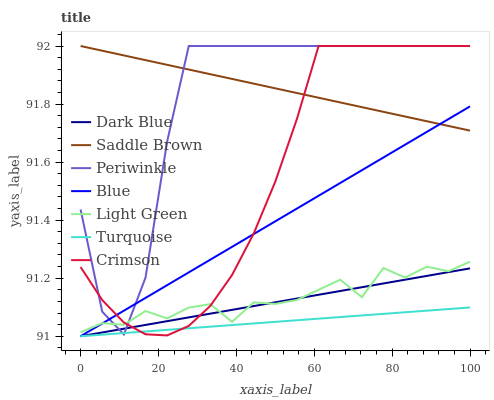
| xaxis_label | Dark Blue | Saddle Brown | Periwinkle | Blue | Light Green | Turquoise | Crimson |
 | --- | --- | --- | --- | --- | --- | --- | --- |
 | 0 | 91 | 92 | 91.4 | 91 | 91 | 91 | 91.2 |
 | 5.56 | 91 | 92 | 91.1 | 91 | 91 | 91 | 91.1 |
 | 11.1 | 91 | 92 | 91 | 91.1 | 91 | 91 | 91 |
 | 16.7 | 91 | 92 | 91.2 | 91.1 | 91.1 | 91 | 91 |
 | 22.2 | 91.1 | 91.9 | 91.7 | 91.2 | 91.1 | 91 | 91 |
 | 27.8 | 91.1 | 91.9 | 92 | 91.2 | 91.1 | 91 | 91 |
 | 33.3 | 91.1 | 91.9 | 92 | 91.3 | 91.1 | 91 | 91.1 |
 | 38.9 | 91.1 | 91.9 | 92 | 91.3 | 91 | 91 | 91.2 |
 | 44.4 | 91.1 | 91.9 | 92 | 91.4 | 91.1 | 91 | 91.4 |
 | 50 | 91.1 | 91.9 | 92 | 91.4 | 91.1 | 91 | 91.5 |
 | 55.6 | 91.1 | 91.8 | 92 | 91.4 | 91.1 | 91.1 | 91.7 |
 | 61.1 | 91.1 | 91.8 | 92 | 91.5 | 91.2 | 91.1 | 92 |
 | 66.7 | 91.2 | 91.8 | 92 | 91.5 | 91.2 | 91.1 | 92 |
 | 72.2 | 91.2 | 91.8 | 92 | 91.6 | 91.1 | 91.1 | 92 |
 | 77.8 | 91.2 | 91.8 | 92 | 91.6 | 91.2 | 91.1 | 92 |
 | 83.3 | 91.2 | 91.8 | 92 | 91.7 | 91.2 | 91.1 | 92 |
 | 88.9 | 91.2 | 91.7 | 92 | 91.7 | 91.2 | 91.1 | 92 |
 | 94.4 | 91.2 | 91.7 | 92 | 91.7 | 91.2 | 91.1 | 92 |
 | 100 | 91.2 | 91.7 | 92 | 91.8 | 91.3 | 91.1 | 92 |